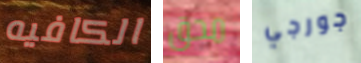
الكافيه محق جورجي